Indian Medical Review
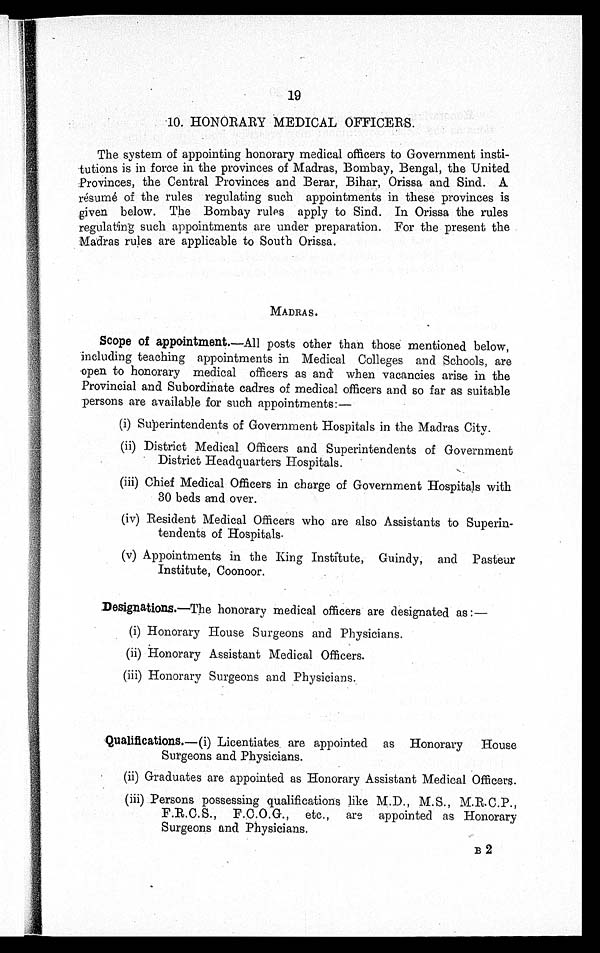
19
10. HONORARY MEDICAL OFFICERS.
The system of appointing honorary medical officers to Government insti
-tutions is in force in the provinces of Madras, Bombay, Bengal, the United
Provinces, the Central Provinces and Berar, Bihar, Orissa and Sind. A
résumé of the rules regulating such appointments in these provinces is
given below. The Bombay rules apply to Sind. In Orissa the rules
regulating such appointments are under preparation. For the present the
Madras rules are applicable to South Orissa.
MADRAS.
Scope of appointment. —All posts other than those mentioned below,
including teaching appointments in Medical Colleges and Schools, are
open to honorary medical officers as and when vacancies arise in the
Provincial and Subordinate cadres of medical officers and so far as suitable
persons are available for such appointments:
—
(i) Superintendents of Government Hospitals in the Madras City.
(ii) District Medical Officers and Superintendents of Government
District Headquarters Hospitals.
(iii) Chief Medical Officers in charge of Government Hospitals with
30 beds and over.
(iv) Resident Medical Officers who are also Assistants to Superin
-tendents of Hospitals.
(v) Appointments in the King Institute, Guindy, and Pasteur
Institute, Coonoor.
Designations.— The honorary medical officers are designated as :—
(i) Honorary House Surgeons and Physicians.
(ii) Honorary Assistant Medical Officers.
(iii) Honorary Surgeons and Physicians.
Qualifications.— (i) Licentiates are appointed as Honorary House
Surgeons and Physicians.
(ii) Graduates are appointed as Honorary Assistant Medical Officers.
(iii) Persons possessing qualifications like M.D., M.S., M.R.C.P.,
F.R.C.S., F.C.O.G., etc., are appointed as Honorary
Surgeons and Physicians.
B 2